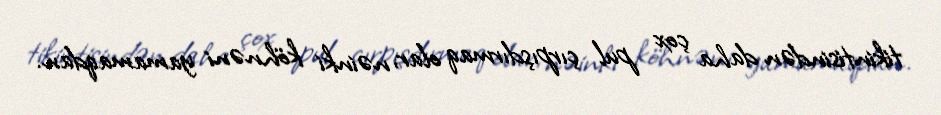
tikintisindən daha çox pul çırpışdırmaq olar, nəinki köhnəni yamamaqdan.